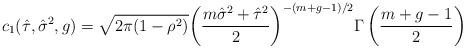
LaTeX: \begin{align*}c_1(\hat{\tau}, \hat{\sigma}^2, g) = \sqrt{2\pi (1-\rho^2)} {\left(\frac{m \hat{\sigma}^2+\hat{\tau}^2}{2}\right)}^{-(m+g-1)/2} \Gamma\left(\frac{m+g-1}{2}\right)\end{align*}